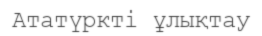
Ататүркті ұлықтау